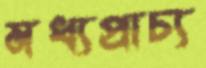
মধ্যপ্রাচ্য